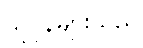
သူပုန်များသည်